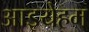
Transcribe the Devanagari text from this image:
आइयेहम